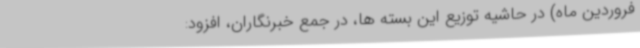
فروردین ماه) در حاشیه توزیع این بسته ها، در جمع خبرنگاران، افزود: